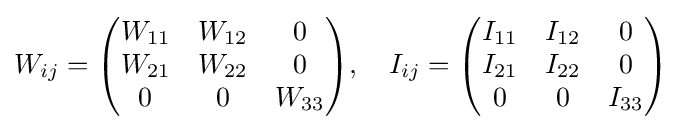
W_{ij}={\begin{pmatrix}W_{11}&W_{12}&0\\W_{21}&W_{22}&0\\0&0&W_{33}\end{pmatrix}},\quad I_{ij}={\begin{pmatrix}I_{11}&I_{12}&0\\I_{21}&I_{22}&0\\0&0&I_{33}\end{pmatrix}}